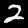
Label: 2